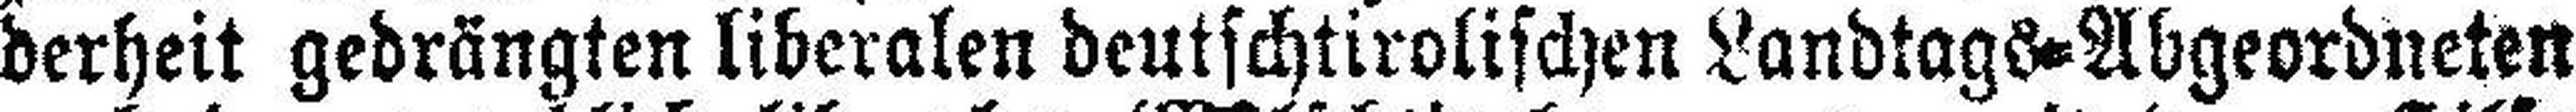
derheit gedrängten liberalen deutschtirolischen Landtags=Abgeordneten